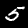
Digit: 5